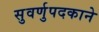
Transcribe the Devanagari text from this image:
सुवर्णुपदकाने